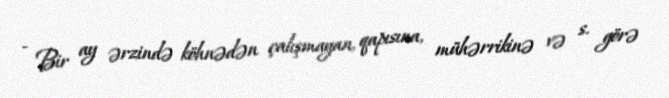
- Bir ay ərzində köhnədən çalışmayan, qapısına, mühərrikinə və s. görə